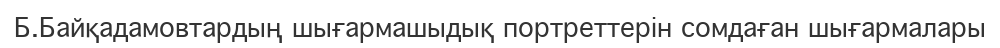
Б.Байқадамовтардың шығармашыдық портреттерін сомдаған шығармалары